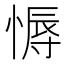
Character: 𢟹